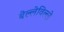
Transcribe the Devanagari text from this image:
बेल्लेविल्ले